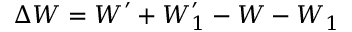
\Delta \boldsymbol { W } = \boldsymbol { W } ^ { \prime } + \boldsymbol { W } _ { 1 } ^ { \prime } - \boldsymbol { W } - \boldsymbol { W } _ { 1 }